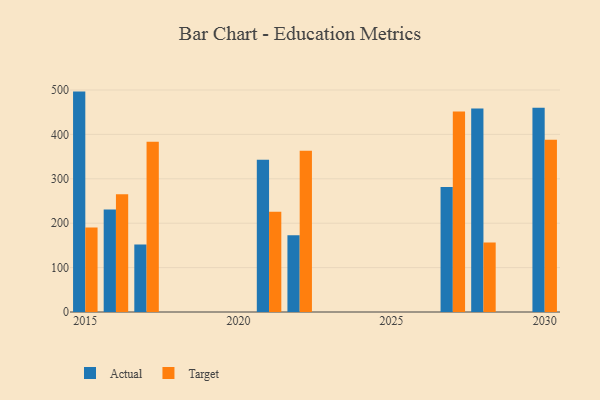
{"axis": {"x": "Year", "y": "Shipments"}, "legend": ["Actual", "Target"], "data": [{"x": "2017", "y": 152.2, "type": "Actual"}, {"x": "2017", "y": 383.5, "type": "Target"}, {"x": "2028", "y": 458.5, "type": "Actual"}, {"x": "2028", "y": 156.4, "type": "Target"}, {"x": "2027", "y": 281.4, "type": "Actual"}, {"x": "2027", "y": 451.3, "type": "Target"}, {"x": "2015", "y": 496.4, "type": "Actual"}, {"x": "2015", "y": 190.4, "type": "Target"}, {"x": "2016", "y": 230.7, "type": "Actual"}, {"x": "2016", "y": 265.2, "type": "Target"}, {"x": "2030", "y": 460.1, "type": "Actual"}, {"x": "2030", "y": 388.0, "type": "Target"}, {"x": "2021", "y": 343.0, "type": "Actual"}, {"x": "2021", "y": 225.8, "type": "Target"}, {"x": "2022", "y": 172.7, "type": "Actual"}, {"x": "2022", "y": 363.2, "type": "Target"}]}